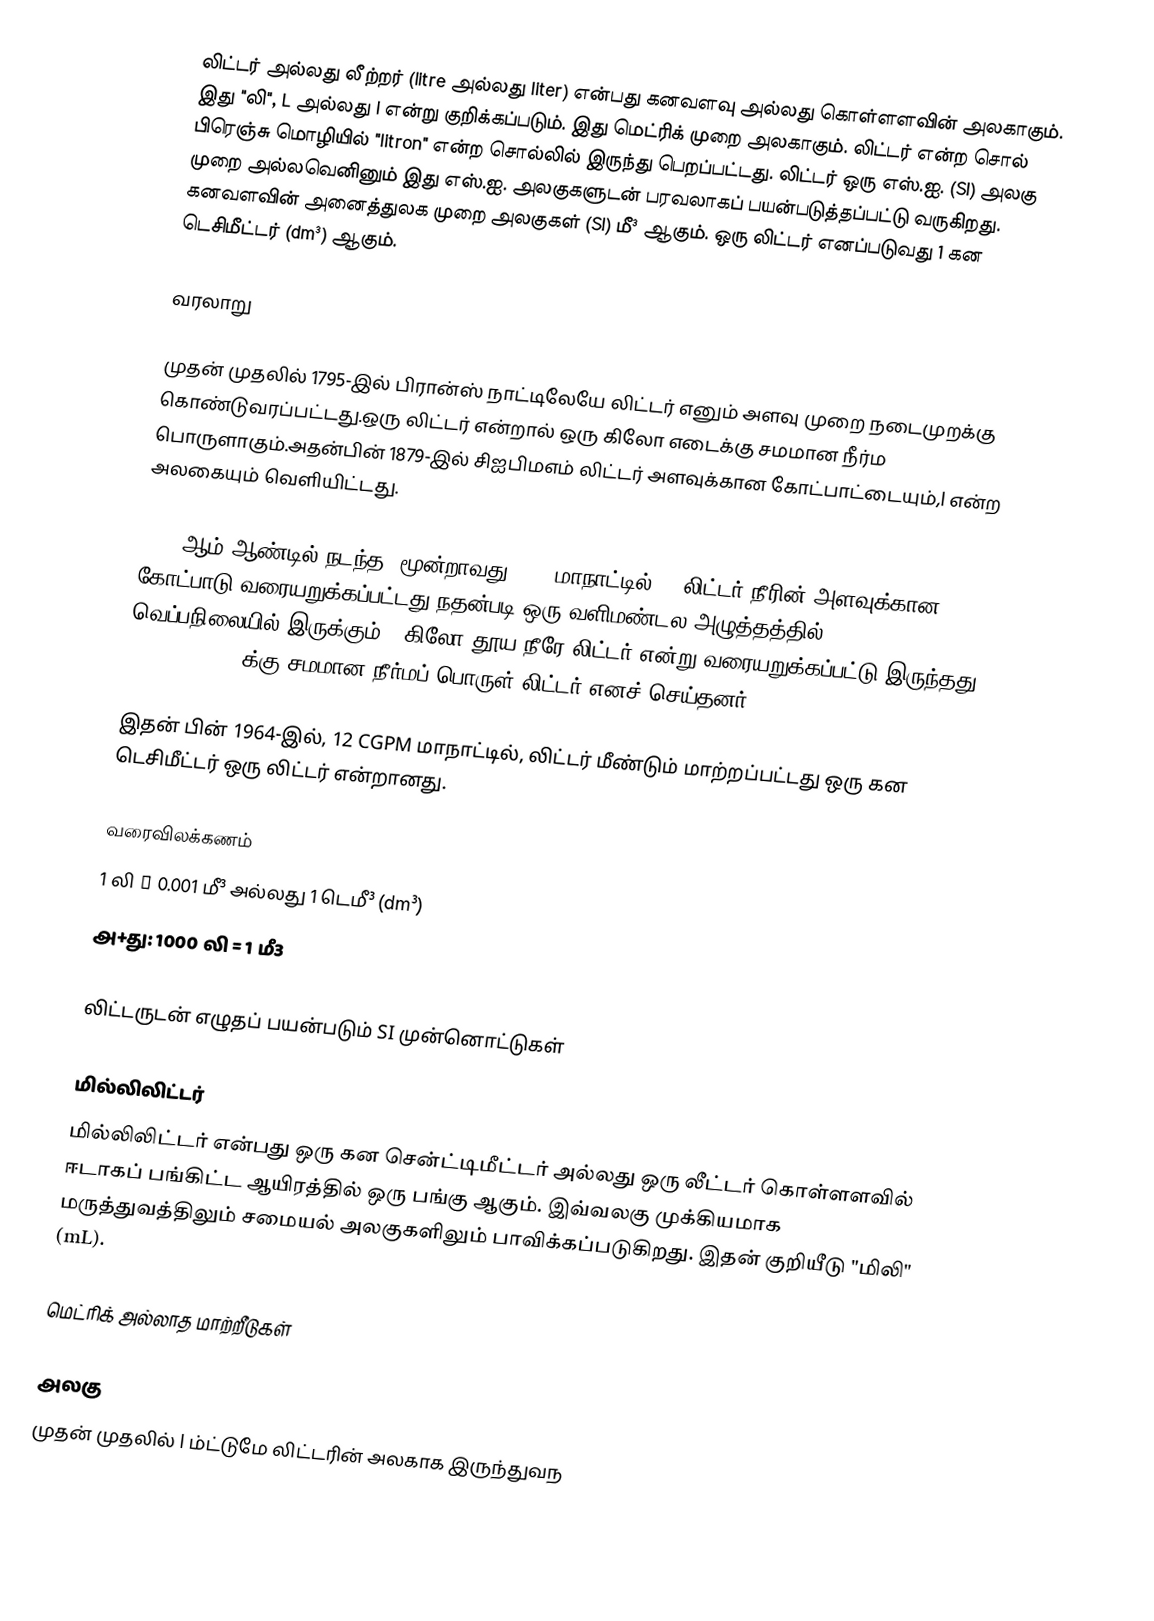
லிட்டர் அல்லது லீற்றர் (litre அல்லது liter) என்பது கனவளவு அல்லது கொள்ளளவின் அலகாகும். இது "லி", L அல்லது l என்று குறிக்கப்படும். இது மெட்ரிக் முறை அலகாகும். லிட்டர் என்ற சொல் பிரெஞ்சு மொழியில் "litron" என்ற சொல்லில் இருந்து பெறப்பட்டது. லிட்டர் ஒரு எஸ்.ஐ. (SI) அலகு முறை அல்லவெனினும் இது எஸ்.ஐ. அலகுகளுடன் பரவலாகப் பயன்படுத்தப்பட்டு வருகிறது. கனவளவின் அனைத்துலக முறை அலகுகள் (SI) மீ³ ஆகும். ஒரு லிட்டர் எனப்படுவது 1 கன டெசிமீட்டர் (dm³) ஆகும்.

வரலாறு

முதன் முதலில் 1795-இல் பிரான்ஸ் நாட்டிலேயே லிட்டர் எனும் அளவு முறை நடைமுறக்கு கொண்டுவரப்பட்டது.ஒரு லிட்டர் என்றால் ஒரு கிலோ எடைக்கு சமமான நீர்ம பொருளாகும்.அதன்பின் 1879-இல் சிஐபிமஎம் லிட்டர் அளவுக்கான கோட்பாட்டையும்,l என்ற அலகையும் வெளியிட்டது.

1901 ஆம் ஆண்டில் நடந்த, மூன்றாவது CGPM மாநாட்டில், 1 லிட்டர் நீரின் அளவுக்கான கோட்பாடு வரையறுக்கப்பட்டது.நதன்படி ஒரு வளிமண்டல அழுத்தத்தில் , 3.98 °C வெப்பநிலையில் இருக்கும்   1 கிலோ தூய நீரே  லிட்டர் என்று வரையறுக்கப்பட்டு இருந்தது.  1.000 028 dm3 க்கு சமமான நீர்மப் பொருள் லிட்டர் எனச் செய்தனர்.

இதன் பின் 1964-இல், 12 CGPM மாநாட்டில், லிட்டர் மீண்டும் மாற்றப்பட்டது ஒரு கன டெசிமீட்டர் ஒரு லிட்டர் என்றானது.

வரைவிலக்கணம்
1 லி ≡ 0.001 மீ³ அல்லது 1 டெமீ³ (dm³)
அ+து: 1000 லி = 1 மீ3

லிட்டருடன் எழுதப் பயன்படும் SI முன்னொட்டுகள்

மில்லிலிட்டர்
மில்லிலிட்டர் என்பது ஒரு கன சென்ட்டிமீட்டர் அல்லது ஒரு லீட்டர் கொள்ளளவில் ஈடாகப் பங்கிட்ட ஆயிரத்தில் ஒரு பங்கு ஆகும். இவ்வலகு முக்கியமாக மருத்துவத்திலும் சமையல் அலகுகளிலும் பாவிக்கப்படுகிறது. இதன் குறியீடு "மிலி" (mL).

மெட்ரிக் அல்லாத மாற்றீடுகள்

அலகு
முதன் முதலில் l ம்ட்டுமே லிட்டரின் அலகாக இருந்துவந